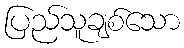
ပြည်သူချစ်သော